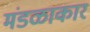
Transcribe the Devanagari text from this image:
मंडळाकार